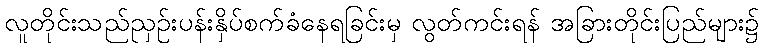
လူတိုင်းသည်ညှဉ်းပန်းနှိပ်စက်ခံနေရခြင်းမှ လွတ်ကင်းရန် အခြားတိုင်းပြည်များ၌